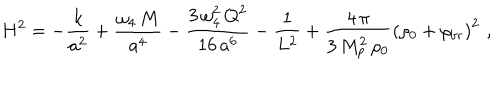
H ^ { 2 } = - \frac { k } { a ^ { 2 } } + \frac { \omega _ { 4 } \, M } { a ^ { 4 } } - \frac { 3 \, \omega _ { 4 } ^ { 2 } \, Q ^ { 2 } } { 1 6 \, a ^ { 6 } } - \frac { 1 } { L ^ { 2 } } + \frac { 4 \, \pi } { 3 \, M _ { p } ^ { 2 } \, \rho _ { 0 } } \left( \rho _ { 0 } + \rho _ { \mathrm { b r } } \right) ^ { 2 } \, \, ,